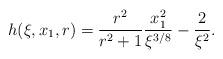
LaTeX: \begin{align*}h(\xi, x_1, r) =\frac{r^2}{r^2 + 1}\frac{x_1^2}{\xi^{3/8}} - \frac{2}{\xi^2} .\end{align*}